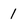
Character: 1